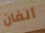
ألفان